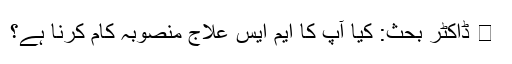
﻿ 💉 ڈاکٹر بحث: کیا آپ کا ایم ایس علاج منصوبہ کام کرنا ہے؟